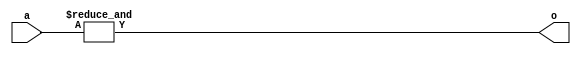
module basic_reduction(input [3:0] a, output o);
	assign o = &a;
endmodule